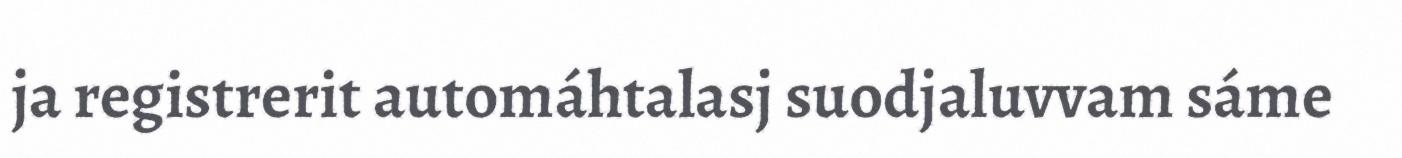
ja registrerit automáhtalasj suodjaluvvam sáme